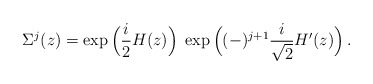
\begin{align*}\Sigma^{j}(z)=\exp\Big({i\over 2}H(z)\Big)\;\exp\Big((-)^{j+1}{i\over\sqrt2}{H'}(z)\Big)\,.\end{align*}